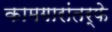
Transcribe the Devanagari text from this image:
कामगारांतर्फे